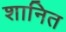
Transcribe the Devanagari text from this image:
शानित